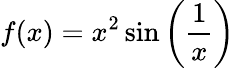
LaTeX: f(x)=x^{2}\sin\left({\frac{1}{x}}\right)